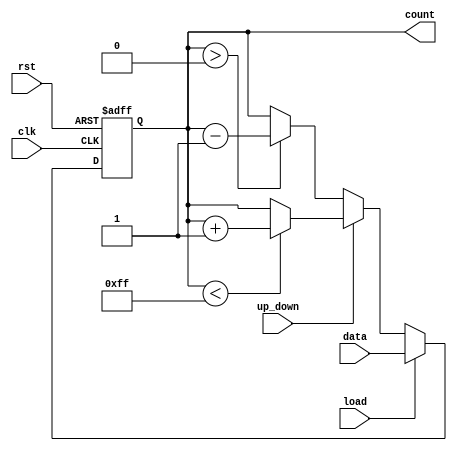
module loadable_counter (
    input wire clk,             // Clock signal
    input wire rst,             // Asynchronous reset signal
    input wire load,            // Load control signal
    input wire [7:0] data,      // Load value input (8-bit)
    input wire up_down,         // Count direction control signal (1 = up, 0 = down)
    output reg [7:0] count      // Current counter value (8-bit)
);

// Define maximum and minimum values for the counter
parameter MAX_COUNT = 8'hFF; // Maximum value for 8-bit counter
parameter MIN_COUNT = 8'h00;  // Minimum value for 8-bit counter

always @(posedge clk or posedge rst) begin
    if (rst) begin
        // Reset the counter to zero
        count <= MIN_COUNT;
    end else if (load) begin
        // Load the specified value into the counter
        count <= data;
    end else begin
        // Counting operation
        if (up_down) begin
            // Count up
            if (count < MAX_COUNT) begin
                count <= count + 1;
            end
            // Optional: Handle overflow (wrap around)
            // else begin
            //     count <= MIN_COUNT; // Uncomment for wrap-around behavior
            // end
        end else begin
            // Count down
            if (count > MIN_COUNT) begin
                count <= count - 1;
            end
            // Optional: Handle underflow (wrap around)
            // else begin
            //     count <= MAX_COUNT; // Uncomment for wrap-around behavior
            // end
        end
    end
end

endmodule